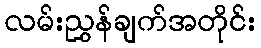
လမ်းညွှန်ချက်အတိုင်း